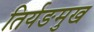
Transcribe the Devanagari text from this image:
तिर्यङमुख